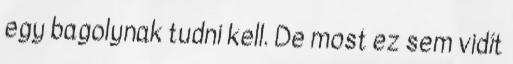
egy bagolynak tudni kell. De most ez sem vidít